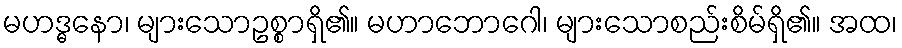
မဟဒ္ဓနော၊ များသောဥစ္စာရှိ၏။ မဟာဘောဂေါ၊ များသောစည်းစိမ်ရှိ၏။ အထ၊